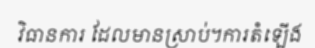
វិធានការ ដែលមានស្រាប់។ការតំឡើង